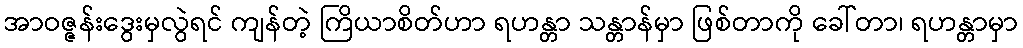
အာဝဇ္ဇန်းဒွေးမှလွဲရင် ကျန်တဲ့ ကြိယာစိတ်ဟာ ရဟန္တာ သန္တာန်မှာ ဖြစ်တာကို ခေါ်တာ၊ ရဟန္တာမှာ